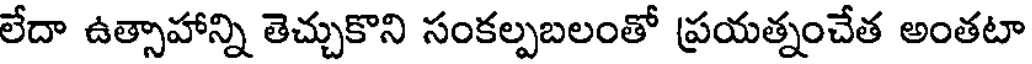
లేదా ఉత్సాహాన్ని తెచ్చుకొని సంకల్పబలంతో ప్రయత్నంచేత అంతటా